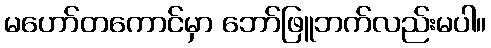
မဟော်တကောင်မှာ ဘော်ဖြူဘက်လည်းမပါ။